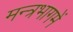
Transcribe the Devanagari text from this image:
मन्त्रभागमें